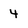
Character: 4